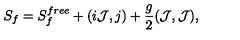
S _ { f } = S _ { f } ^ { f r e e } + ( i { \cal J } , j ) + { \frac { g } { 2 } } ( { \cal J } , { \cal J } ) ,